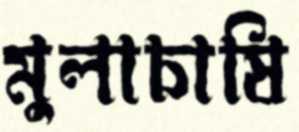
মুলাচাষি